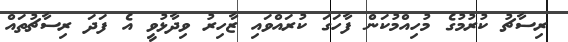
ރިސާޗު ކުރުމުގެ މުހިއްމުކަން ފާހަގަ ކުރައްވައި ޒާހިރު ވިދާޅުވީ އެ ފަދަ ރިސާޗުތައް